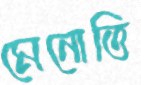
মেনোত্তি